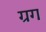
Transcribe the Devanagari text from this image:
ग्रग